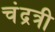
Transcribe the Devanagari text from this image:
चंद्रत्री